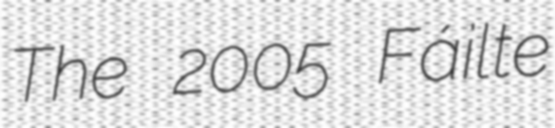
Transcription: The 2005 Fáilte